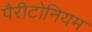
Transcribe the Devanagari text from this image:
पैरीटोनियम